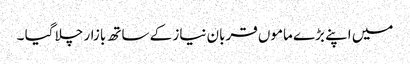
میں اپنے بڑے ماموں قربان نیاز کے ساتھ بازار چلا گیا ۔